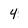
Character: 4